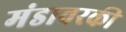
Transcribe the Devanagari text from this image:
मंडावरकी